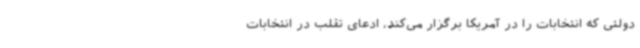
دولتی که انتخابات را در آمریکا برگزار می‌کند، ادعای تقلب در انتخابات